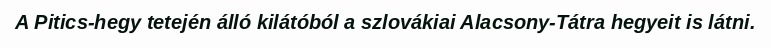
A Pitics-hegy tetején álló kilátóból a szlovákiai Alacsony-Tátra hegyeit is látni.